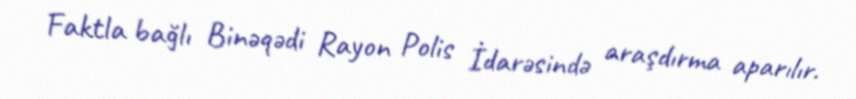
Faktla bağlı Binəqədi Rayon Polis İdarəsində araşdırma aparılır.